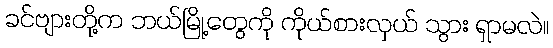
ခင်ဗျားတို့က ဘယ်မြို့တွေကို ကိုယ်စားလှယ် သွား ရှာမလဲ။